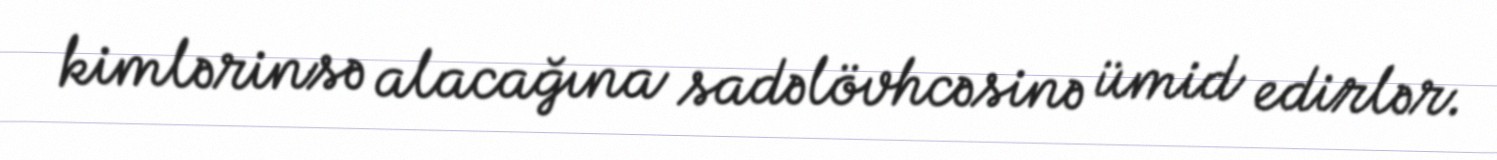
kimlərinsə alacağına sadəlövhcəsinə ümid edirlər.